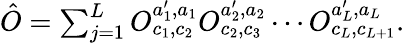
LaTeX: \begin{array}{r}{\hat{O}=\sum_{j=1}^{L}O_{c_{1},c_{2}}^{a_{1}^{\prime},a_{1}}O_{c_{2},c_{3}}^{a_{2}^{\prime},a_{2}}\cdots O_{c_{L},c_{L+1}}^{a_{L}^{\prime},a_{L}}.}\end{array}